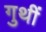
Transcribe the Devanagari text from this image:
गुथीं